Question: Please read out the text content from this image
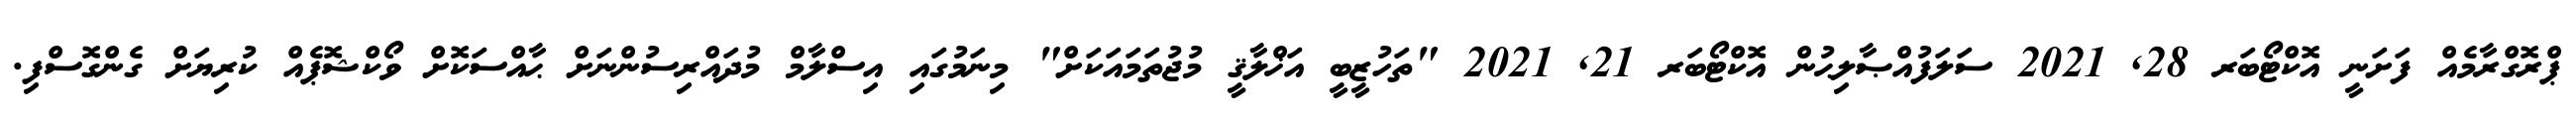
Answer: ޕްރޮގްރާމެއް ފަށަނީ އޮކްޓޯބަރ 28, 2021 ސަލަފުއްޞާލިޙުން އޮކްޓޯބަރ 21, 2021 "ތަހުޒީބީ އަޚްލާޤީ މުޖުތަމައަކަށް" މިނަމުގައި އިސްލާމް މުދައްރިސުންނަށް ޙާއްސަކޮށް ވޯކްޝޮޕެއް ކުރިޔަށް ގެންގޮސްފި.